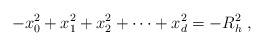
LaTeX: \begin{align*}-x_0^2+x_1^2+x_2^2+ \cdots + x_d^2=-R_h^2 \ ,\end{align*}